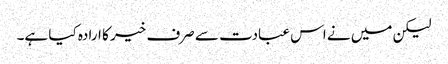
لیکن میں نے اس عبادت سے صرف خیر کا ارادہ کیا ہے۔